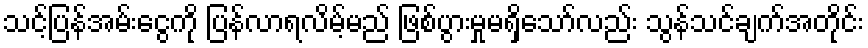
သင့်ပြန်အမ်းငွေကို ပြန်လာရလိမ့်မည် ဖြစ်ပွားမှုမရှိသော်လည်း သွန်သင်ချက်အတိုင်း